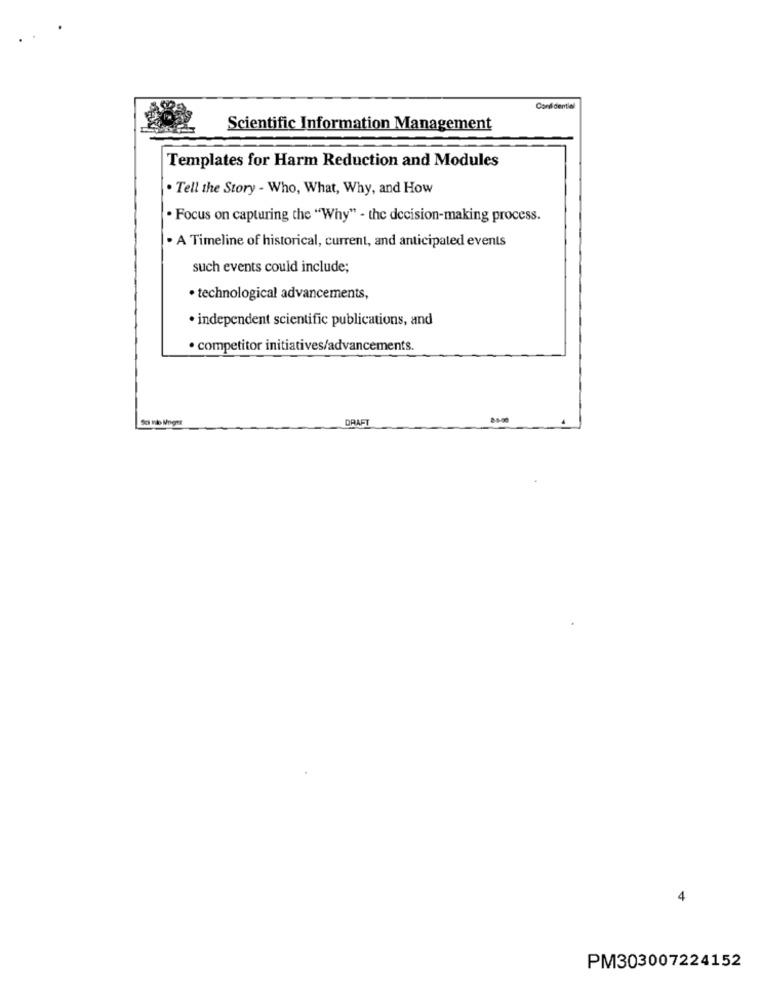
Confidentiel
Scientific Information Management
Templates for Harm Reduction and Modules
. Tell the Story - Who, What, Why, and How
. Focus on capturing the "Why" - the decision-making process.
· A Timeline of historical, current, and anticipated events
such events could include;
· technological advancements,
· independent scientific publications, and
· competitor initiatives/advancements.
DRAFT
4
PM303007224152